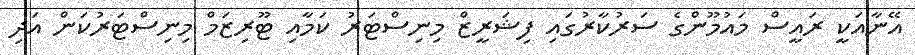
އޭނާއަކީ ރައީސް މައުމޫންގެ ސަރުކާރުގައި ފިޝަރީޒް މިނިސްޓަރު ކަމާއި ޓޫރިޒަމް މިނިސްޓަރުކަން އަދި